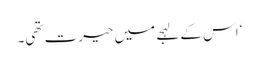
‘ اس کے لہجے میں حیرت تھی۔